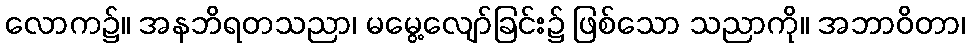
လောက၌။ အနဘိရတသညာ၊ မမွေ့လျော်ခြင်း၌ ဖြစ်သော သညာကို။ အဘာဝိတာ၊